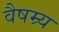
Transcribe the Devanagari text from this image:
वैषम्र्य